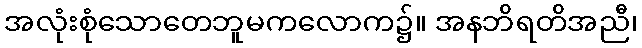
အလုံးစုံသောတေဘူမကလောက၌။ အနဘိရတိအညီ၊